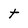
Character: t